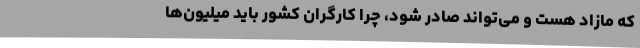
که مازاد هست و می‌تواند صادر شود، چرا کارگران کشور باید میلیون‌ها